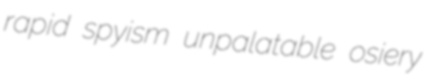
rapid spyism unpalatable osiery